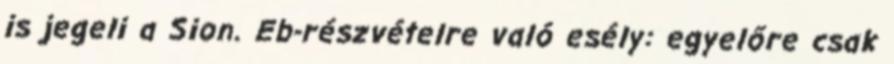
is jegeli a Sion. Eb-részvételre való esély: egyelőre csak